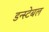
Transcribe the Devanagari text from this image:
डन्स्टेबल